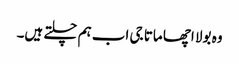
وہ بولا اچھا ماتا جی اب ہم چلتے ہیں۔